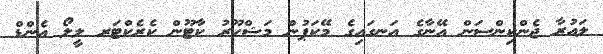
ލައުރާ ޖެންކިންސަން އޭނާގެ އަނގައިގެ މޭކަޕުން މަޝްހޫރު ކާޓޫން ކެރެކްޓަރ ލީލޯ އެންޑް